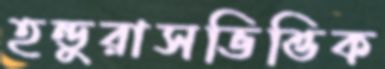
হন্ডুরাসভিত্তিক